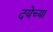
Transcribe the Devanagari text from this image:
दयेच्या